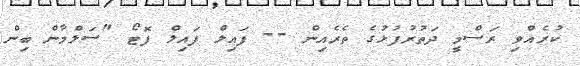
ކުރެއްވި ރަސްމީ ދަތުރުފުޅުގެ ތެރެއިން -- ފައިލް ފައިލް ފޮޓޯ "ސަލްމާން ބިން